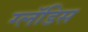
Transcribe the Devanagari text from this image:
ग्लॅडिस